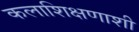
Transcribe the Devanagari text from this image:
कलाशिक्षणाशी